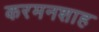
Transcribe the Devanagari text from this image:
करमनशाह